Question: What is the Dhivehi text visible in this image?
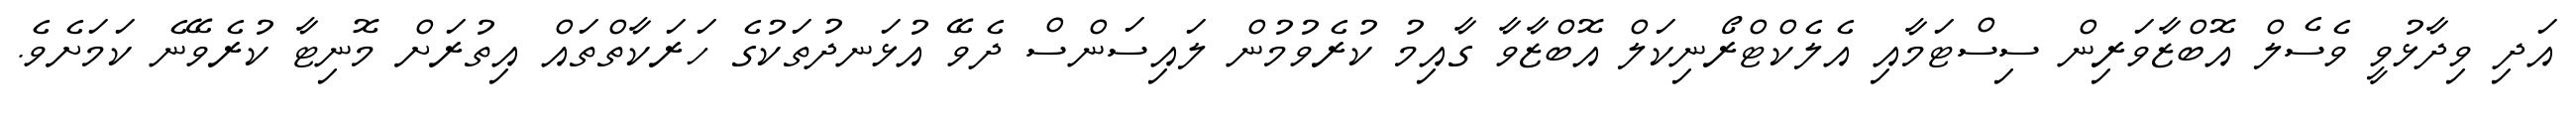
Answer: އަދި ވިދާޅުވީ ވެސެލް އޮބްޒާވަރިން ސިސްޓަމާއި އެލެކްޓްރޯނިކަލް އޮބްޒާވާ ގާއިމު ކުރެވުމުން ލައިސަންސް ދެވޭ އުޅަނދުތަކުގެ ހަރަކާތްތައް އިތުރަށް މޮނިޓާ ކުރެވޭނެ ކަމަށެވެ.